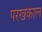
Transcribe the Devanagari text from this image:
परखकाल